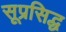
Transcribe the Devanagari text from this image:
सूप्रसिद्ध